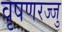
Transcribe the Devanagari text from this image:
वृषणरज्जु